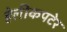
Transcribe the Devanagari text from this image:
हेलीकपटेर